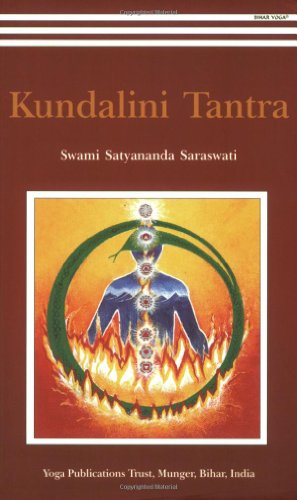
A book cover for Kundalini Tantra/2012 Re-print/ 2013 Golden Jubilee edition; Swami Satyananda Saraswati; Religion & Spirituality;